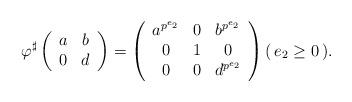
LaTeX: \begin{align*}\varphi^\sharp\left(\begin{array}{c c} a & b \\ 0 & d \end{array}\right) & =\left(\begin{array}{c c c} a^{p^{e_2}} & 0 & b^{p^{e_2}} \\ 0 & 1 & 0 \\ 0 & 0 & d^{p^{e_2}} \end{array} \right) ( \, e_2 \geq 0 \, ) . \end{align*}